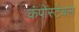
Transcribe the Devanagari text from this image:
कंपोस्टेबल